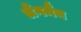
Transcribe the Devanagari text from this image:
लैंगमैन